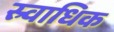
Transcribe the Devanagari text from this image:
स्र्वाधिक